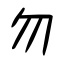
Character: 勿